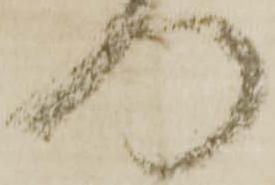
門